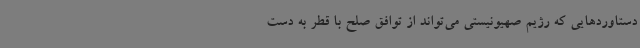
دستاوردهایی که رژیم صهیونیستی می‌تواند از توافق صلح با قطر به دست